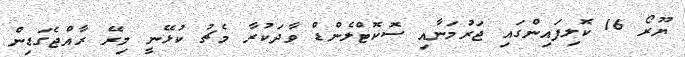
ޔޫރޯ 16 ކޮލިފައިންގައި ޖަރުމަނާއި ސޮކޮޓްލެންޑް ވާދަކުރާ މެޗު ކުޅޭނީ މިރޭ ރާއްޖެގަޑިން